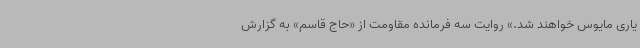
یاری مایوس خواهند شد.» روایت سه فرمانده مقاومت از «حاج قاسم» به گزارش